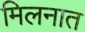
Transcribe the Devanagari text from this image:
मिलनात